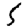
Digit: 5